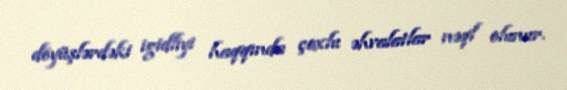
döyüşlərdəki igidliyi haqqında çoxlu əhvalatlar nəql olunur.